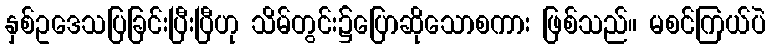
နှစ်ဥဒေသပြခြင်းပြီးပြီဟု သိမ်တွင်း၌ပြောဆိုသောစကား ဖြစ်သည်။ မစင်ကြယ်ပဲ